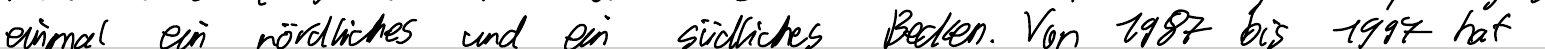
einmal ein nördliches und ein südliches Becken. Von 1987 bis 1997 hat